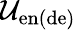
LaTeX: \mathcal{U}_{\mathrm{en(de)}}